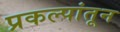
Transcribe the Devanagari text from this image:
प्रकल्पांतून